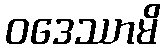
ဝဒေဿာမိ